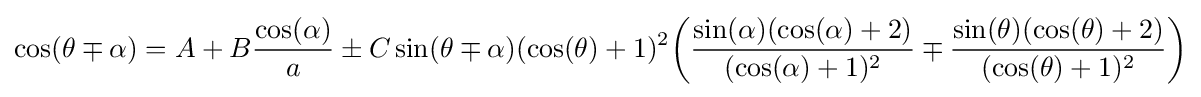
\cos(\theta \mp \alpha )=A+B{\frac {\cos(\alpha )}{a}}\pm C\sin(\theta \mp \alpha )(\cos(\theta )+1)^{2}{\biggl (}{\frac {\sin(\alpha )(\cos(\alpha )+2)}{(\cos(\alpha )+1)^{2}}}\mp {\frac {\sin(\theta )(\cos(\theta )+2)}{(\cos(\theta )+1)^{2}}}{\biggr )}